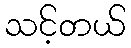
သင့်တယ်